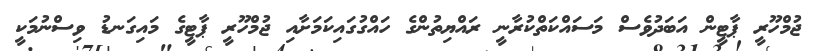
ޖުމްހޫރީ ޕާޓީން އަބަދުވެސް މަސައްކަތްކުރާނީ ރައްޔިތުންގެ ހައްގުގައިކަމަށާއި ޖުމްހޫރީ ޕާޓީގެ މައިގަނޑު ވިސްނުމަކީ